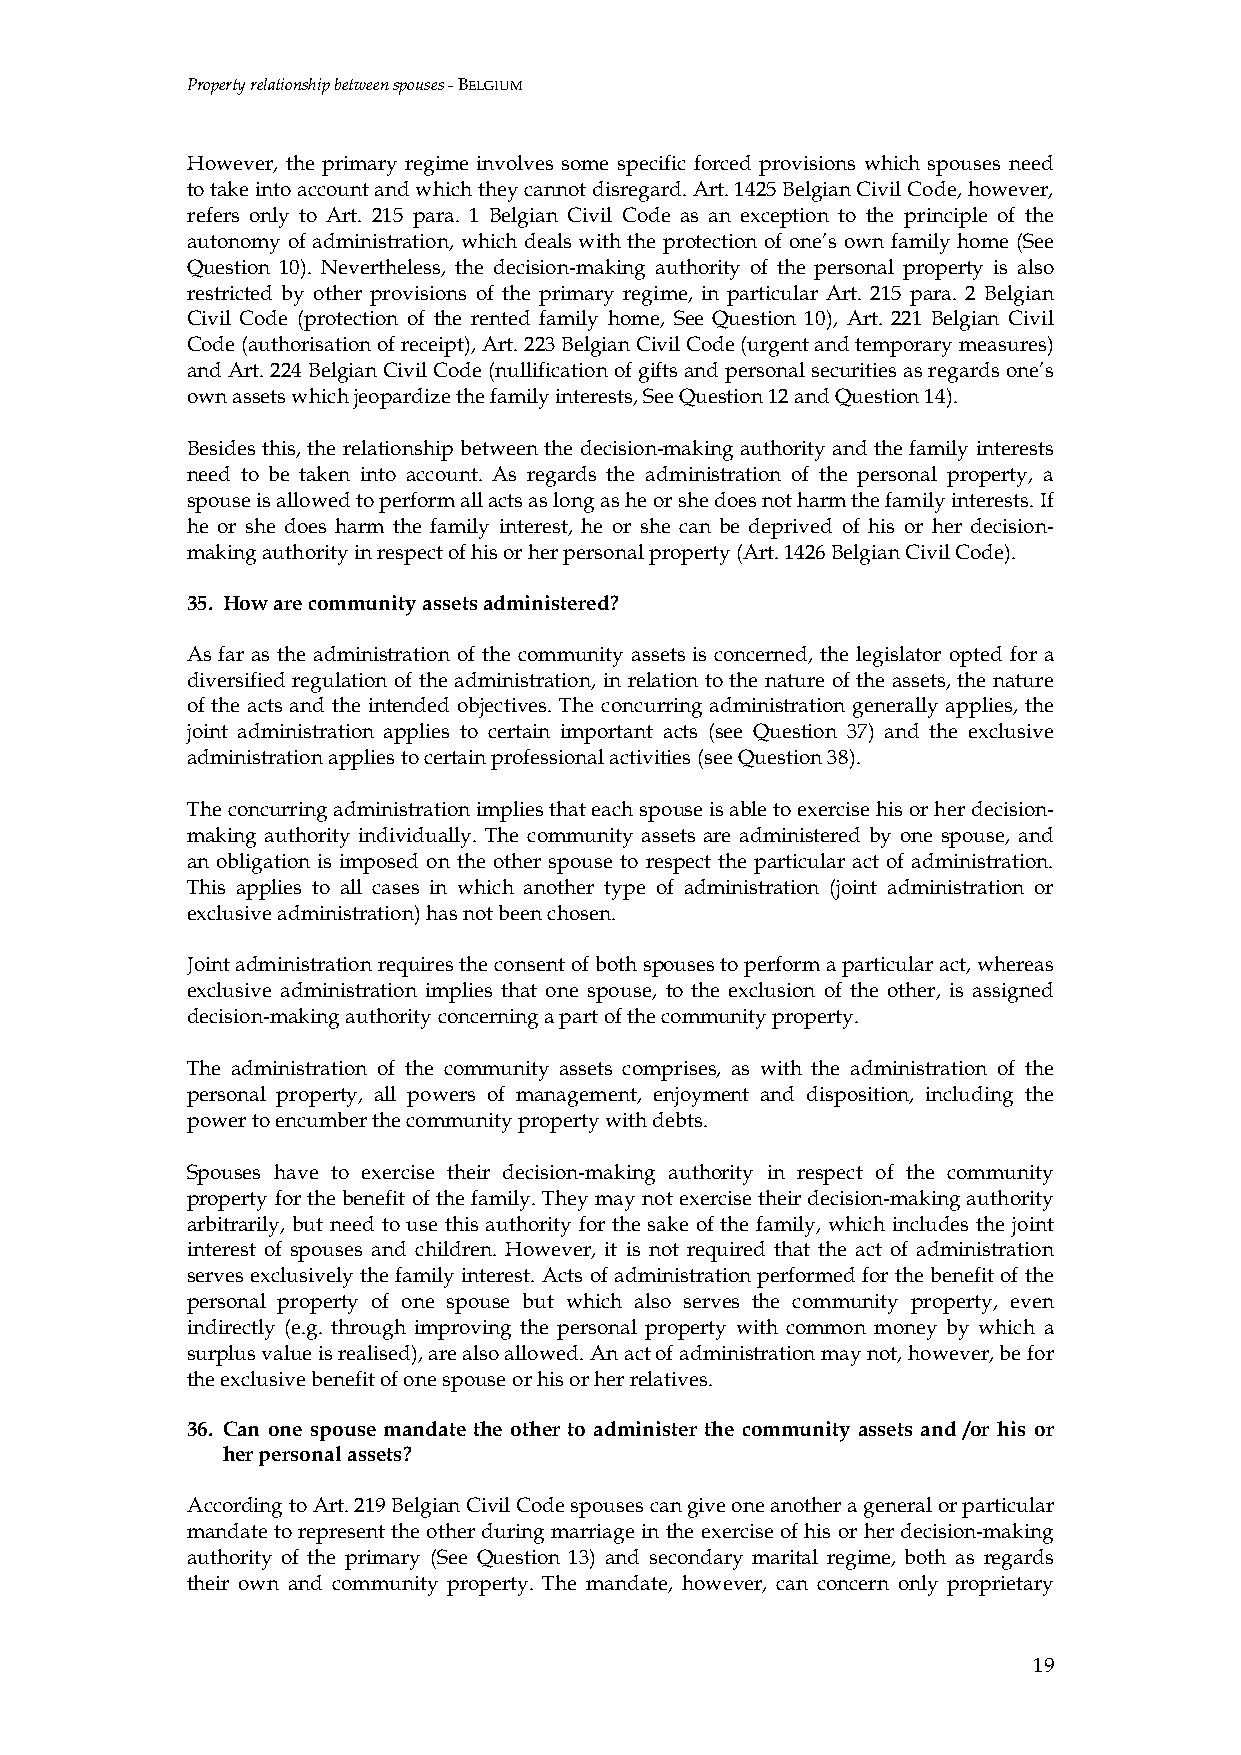
Property relationship between spouses - BELGIUM
 However, the primary regime involves some specific forced provisions which spouses need
 to take into account and which they cannot disregard. Art. 1425 Belgian Civil Code, however,
 refers only to Art. 215 para. 1 Belgian Civil Code as an exception to the principle of the
 autonomy of administration, which deals with the protection of one’s own family home (See
 Question 10). Nevertheless, the decision-making authority of the personal property is also
 restricted by other provisions of the primary regime, in particular Art. 215 para. 2 Belgian
 Civil Code (protection of the rented family home, See Question 10), Art. 221 Belgian Civil
 Code (authorisation of receipt), Art. 223 Belgian Civil Code (urgent and temporary measures)
 and Art. 224 Belgian Civil Code (nullification of gifts and personal securities as regards one’s
 own assets which jeopardize the family interests, See Question 12 and Question 14).
 Besides this, the relationship between the decision-making authority and the family interests
 need to be taken into account. As regards the administration of the personal property, a
 spouse is allowed to perform all acts as long as he or she does not harm the family interests. If
 he or she does harm the family interest, he or she can be deprived of his or her decision-
 making authority in respect of his or her personal property (Art. 1426 Belgian Civil Code).
 35. How are community assets administered?
 As far as the administration of the community assets is concerned, the legislator opted for a
 diversified regulation of the administration, in relation to the nature of the assets, the nature
 of the acts and the intended objectives. The concurring administration generally applies, the
 joint administration applies to certain important acts (see Question 37) and the exclusive
 administration applies to certain professional activities (see Question 38).
 The concurring administration implies that each spouse is able to exercise his or her decision-
 making authority individually. The community assets are administered by one spouse, and
 an obligation is imposed on the other spouse to respect the particular act of administration.
 This applies to all cases in which another type of administration (joint administration or
 exclusive administration) has not been chosen.
 Joint administration requires the consent of both spouses to perform a particular act, whereas
 exclusive administration implies that one spouse, to the exclusion of the other, is assigned
 decision-making authority concerning a part of the community property.
 The administration of the community assets comprises, as with the administration of the
 personal property, all powers of management, enjoyment and disposition, including the
 power to encumber the community property with debts.
 Spouses have to exercise their decision-making authority in respect of the community
 property for the benefit of the family. They may not exercise their decision-making authority
 arbitrarily, but need to use this authority for the sake of the family, which includes the joint
 interest of spouses and children. However, it is not required that the act of administration
 serves exclusively the family interest. Acts of administration performed for the benefit of the
 personal property of one spouse but which also serves the community property, even
 indirectly (e.g. through improving the personal property with common money by which a
 surplus value is realised), are also allowed. An act of administration may not, however, be for
 the exclusive benefit of one spouse or his or her relatives.
 36. Can one spouse mandate the other to administer the community assets and /or his or
 her personal assets?
 According to Art. 219 Belgian Civil Code spouses can give one another a general or particular
 mandate to represent the other during marriage in the exercise of his or her decision-making
 authority of the primary (See Question 13) and secondary marital regime, both as regards
 their own and community property. The mandate, however, can concern only proprietary
 19